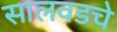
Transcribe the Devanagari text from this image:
सालवडचे